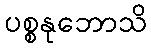
ပစ္စနုဘောသိ